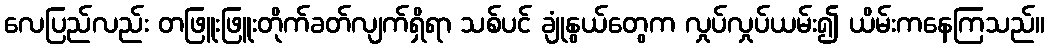
လေပြည်လည်း တဖြူးဖြူးတိုက်ခတ်လျက်ရှိရာ သစ်ပင် ချုံနွယ်တွေက လှုပ်လှုပ်ယမ်း၍ ယိမ်းကနေကြသည်။